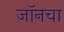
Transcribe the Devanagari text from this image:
जॉनचा